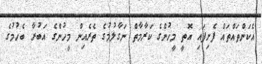
އެކަންތައްތައް ފެށިފައި އޮތީ މީހުންގެ ކަރާމާތް ނަގާލުމުގެ ތެރެއިން މީހުންގެ އަބުރާ ބެހުމުގެ